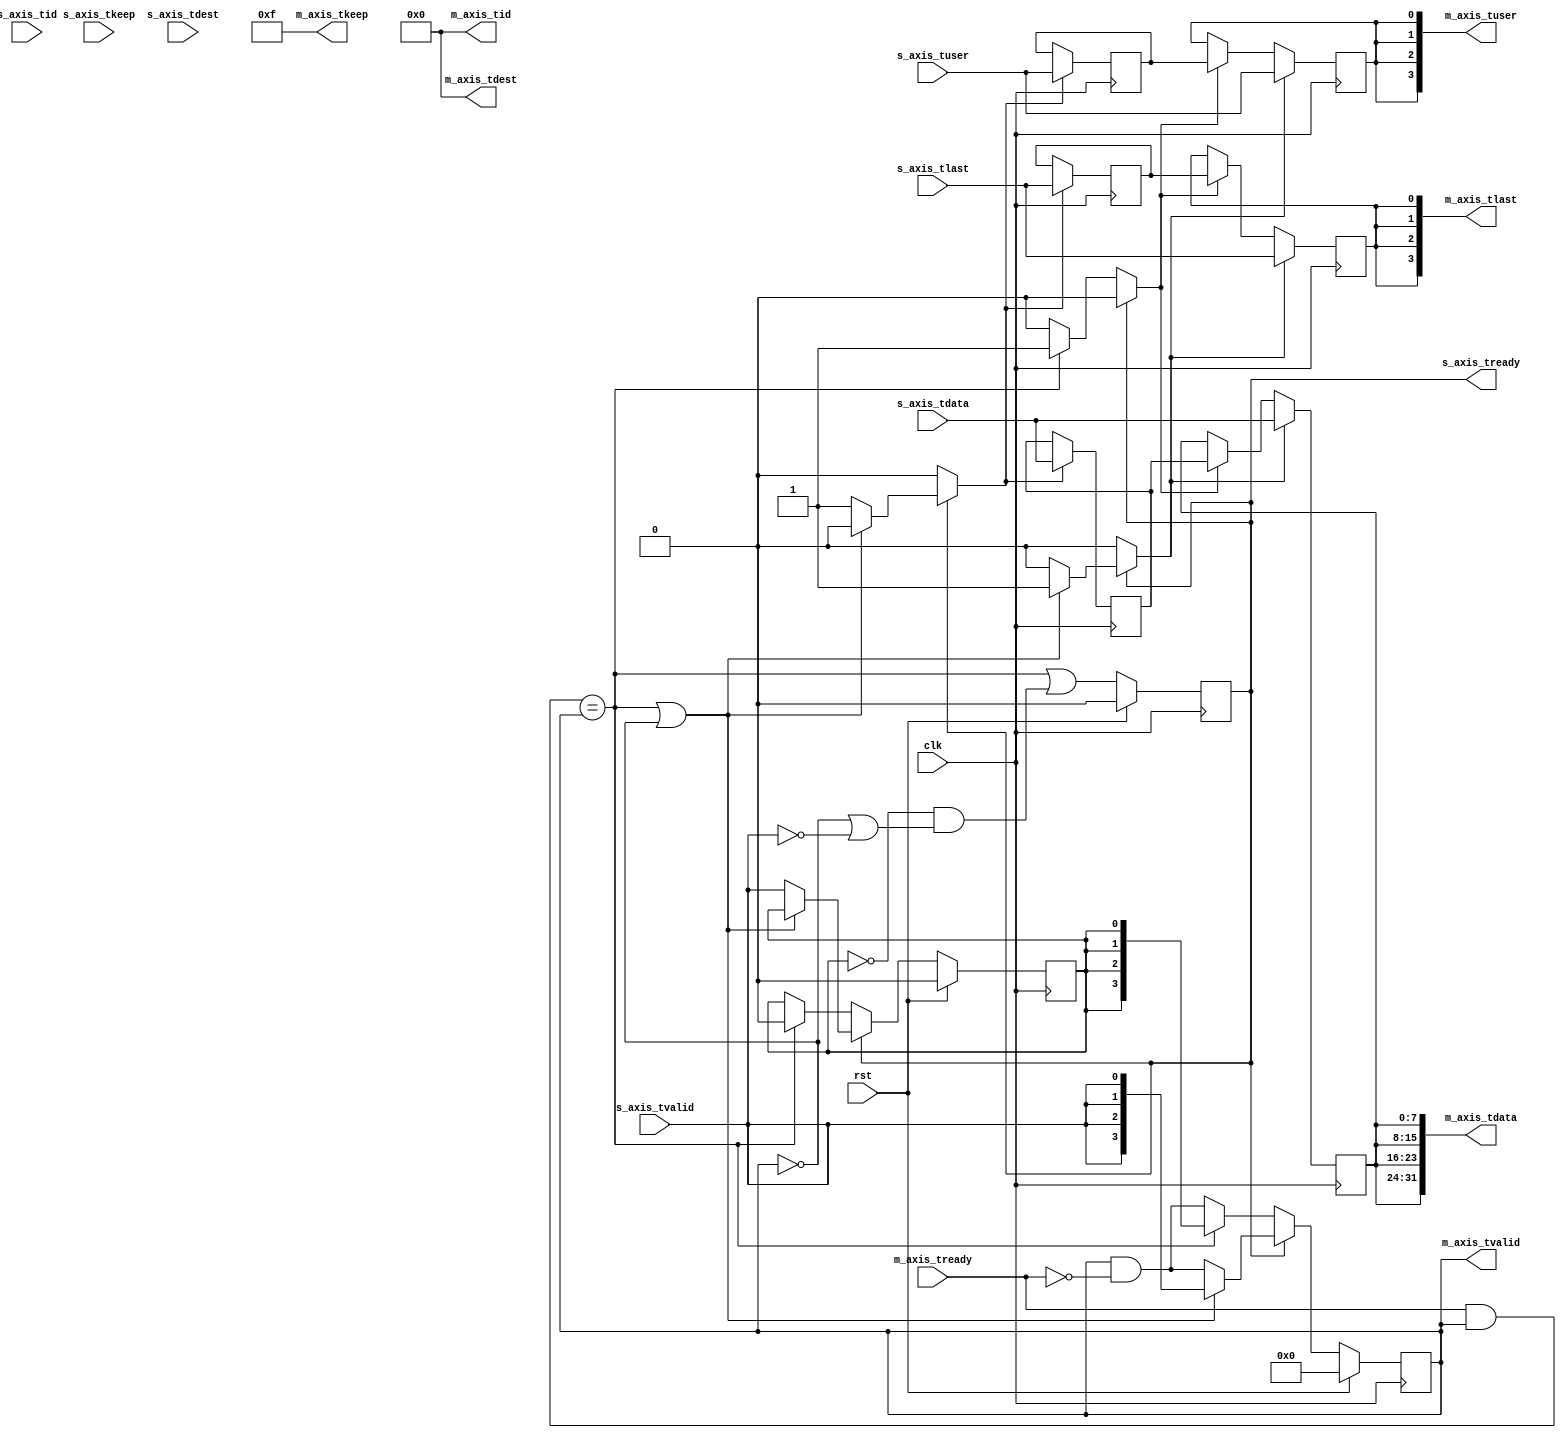
module axis_broadcast #
(
    // Number of AXI stream outputs
    parameter M_COUNT = 4,
    // Width of AXI stream interfaces in bits
    parameter DATA_WIDTH = 8,
    // Propagate tkeep signal
    parameter KEEP_ENABLE = (DATA_WIDTH>8),
    // tkeep signal width (words per cycle)
    parameter KEEP_WIDTH = ((DATA_WIDTH+7)/8),
    // Propagate tlast signal
    parameter LAST_ENABLE = 1,
    // Propagate tid signal
    parameter ID_ENABLE = 0,
    // tid signal width
    parameter ID_WIDTH = 8,
    // Propagate tdest signal
    parameter DEST_ENABLE = 0,
    // tdest signal width
    parameter DEST_WIDTH = 8,
    // Propagate tuser signal
    parameter USER_ENABLE = 1,
    // tuser signal width
    parameter USER_WIDTH = 1
)
(
    input  wire                          clk,
    input  wire                          rst,

    /*
     * AXI input
     */
    input  wire [DATA_WIDTH-1:0]         s_axis_tdata,
    input  wire [KEEP_WIDTH-1:0]         s_axis_tkeep,
    input  wire                          s_axis_tvalid,
    output wire                          s_axis_tready,
    input  wire                          s_axis_tlast,
    input  wire [ID_WIDTH-1:0]           s_axis_tid,
    input  wire [DEST_WIDTH-1:0]         s_axis_tdest,
    input  wire [USER_WIDTH-1:0]         s_axis_tuser,

    /*
     * AXI outputs
     */
    output wire [M_COUNT*DATA_WIDTH-1:0] m_axis_tdata,
    output wire [M_COUNT*KEEP_WIDTH-1:0] m_axis_tkeep,
    output wire [M_COUNT-1:0]            m_axis_tvalid,
    input  wire [M_COUNT-1:0]            m_axis_tready,
    output wire [M_COUNT-1:0]            m_axis_tlast,
    output wire [M_COUNT*ID_WIDTH-1:0]   m_axis_tid,
    output wire [M_COUNT*DEST_WIDTH-1:0] m_axis_tdest,
    output wire [M_COUNT*USER_WIDTH-1:0] m_axis_tuser
);

parameter CL_M_COUNT = $clog2(M_COUNT);

// datapath registers
reg s_axis_tready_reg = 1'b0, s_axis_tready_next;

reg [DATA_WIDTH-1:0] m_axis_tdata_reg  = {DATA_WIDTH{1'b0}};
reg [KEEP_WIDTH-1:0] m_axis_tkeep_reg  = {KEEP_WIDTH{1'b0}};
reg [M_COUNT-1:0]    m_axis_tvalid_reg = {M_COUNT{1'b0}}, m_axis_tvalid_next;
reg                  m_axis_tlast_reg  = 1'b0;
reg [ID_WIDTH-1:0]   m_axis_tid_reg    = {ID_WIDTH{1'b0}};
reg [DEST_WIDTH-1:0] m_axis_tdest_reg  = {DEST_WIDTH{1'b0}};
reg [USER_WIDTH-1:0] m_axis_tuser_reg  = {USER_WIDTH{1'b0}};

reg [DATA_WIDTH-1:0] temp_m_axis_tdata_reg  = {DATA_WIDTH{1'b0}};
reg [KEEP_WIDTH-1:0] temp_m_axis_tkeep_reg  = {KEEP_WIDTH{1'b0}};
reg                  temp_m_axis_tvalid_reg = 1'b0, temp_m_axis_tvalid_next;
reg                  temp_m_axis_tlast_reg  = 1'b0;
reg [ID_WIDTH-1:0]   temp_m_axis_tid_reg    = {ID_WIDTH{1'b0}};
reg [DEST_WIDTH-1:0] temp_m_axis_tdest_reg  = {DEST_WIDTH{1'b0}};
reg [USER_WIDTH-1:0] temp_m_axis_tuser_reg  = {USER_WIDTH{1'b0}};

// // datapath control
reg store_axis_input_to_output;
reg store_axis_input_to_temp;
reg store_axis_temp_to_output;

assign s_axis_tready = s_axis_tready_reg;

assign m_axis_tdata  = {M_COUNT{m_axis_tdata_reg}};
assign m_axis_tkeep  = KEEP_ENABLE ? {M_COUNT{m_axis_tkeep_reg}} : {M_COUNT*KEEP_WIDTH{1'b1}};
assign m_axis_tvalid = m_axis_tvalid_reg;
assign m_axis_tlast  = LAST_ENABLE ? {M_COUNT{m_axis_tlast_reg}} : {M_COUNT{1'b1}};
assign m_axis_tid    = ID_ENABLE   ? {M_COUNT{m_axis_tid_reg}}   : {M_COUNT*ID_WIDTH{1'b0}};
assign m_axis_tdest  = DEST_ENABLE ? {M_COUNT{m_axis_tdest_reg}} : {M_COUNT*DEST_WIDTH{1'b0}};
assign m_axis_tuser  = USER_ENABLE ? {M_COUNT{m_axis_tuser_reg}} : {M_COUNT*USER_WIDTH{1'b0}};

// enable ready input next cycle if output is ready or the temp reg will not be filled on the next cycle (output reg empty or no input)
wire s_axis_tready_early = ((m_axis_tready & m_axis_tvalid) == m_axis_tvalid) || (!temp_m_axis_tvalid_reg && (!m_axis_tvalid || !s_axis_tvalid));

always @* begin
    // transfer sink ready state to source
    m_axis_tvalid_next = m_axis_tvalid_reg & ~m_axis_tready;
    temp_m_axis_tvalid_next = temp_m_axis_tvalid_reg;

    store_axis_input_to_output = 1'b0;
    store_axis_input_to_temp = 1'b0;
    store_axis_temp_to_output = 1'b0;

    if (s_axis_tready_reg) begin
        // input is ready
        if (((m_axis_tready & m_axis_tvalid) == m_axis_tvalid) || !m_axis_tvalid) begin
            // output is ready or currently not valid, transfer data to output
            m_axis_tvalid_next = {M_COUNT{s_axis_tvalid}};
            store_axis_input_to_output = 1'b1;
        end else begin
            // output is not ready, store input in temp
            temp_m_axis_tvalid_next = s_axis_tvalid;
            store_axis_input_to_temp = 1'b1;
        end
    end else if ((m_axis_tready & m_axis_tvalid) == m_axis_tvalid) begin
        // input is not ready, but output is ready
        m_axis_tvalid_next = {M_COUNT{temp_m_axis_tvalid_reg}};
        temp_m_axis_tvalid_next = 1'b0;
        store_axis_temp_to_output = 1'b1;
    end
end

always @(posedge clk) begin
    s_axis_tready_reg <= s_axis_tready_early;
    m_axis_tvalid_reg <= m_axis_tvalid_next;
    temp_m_axis_tvalid_reg <= temp_m_axis_tvalid_next;

    // datapath
    if (store_axis_input_to_output) begin
        m_axis_tdata_reg <= s_axis_tdata;
        m_axis_tkeep_reg <= s_axis_tkeep;
        m_axis_tlast_reg <= s_axis_tlast;
        m_axis_tid_reg   <= s_axis_tid;
        m_axis_tdest_reg <= s_axis_tdest;
        m_axis_tuser_reg <= s_axis_tuser;
    end else if (store_axis_temp_to_output) begin
        m_axis_tdata_reg <= temp_m_axis_tdata_reg;
        m_axis_tkeep_reg <= temp_m_axis_tkeep_reg;
        m_axis_tlast_reg <= temp_m_axis_tlast_reg;
        m_axis_tid_reg   <= temp_m_axis_tid_reg;
        m_axis_tdest_reg <= temp_m_axis_tdest_reg;
        m_axis_tuser_reg <= temp_m_axis_tuser_reg;
    end

    if (store_axis_input_to_temp) begin
        temp_m_axis_tdata_reg <= s_axis_tdata;
        temp_m_axis_tkeep_reg <= s_axis_tkeep;
        temp_m_axis_tlast_reg <= s_axis_tlast;
        temp_m_axis_tid_reg   <= s_axis_tid;
        temp_m_axis_tdest_reg <= s_axis_tdest;
        temp_m_axis_tuser_reg <= s_axis_tuser;
    end

    if (rst) begin
        s_axis_tready_reg <= 1'b0;
        m_axis_tvalid_reg <= {M_COUNT{1'b0}};
        temp_m_axis_tvalid_reg <= {M_COUNT{1'b0}};
    end
end

endmodule